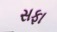
સફા